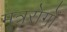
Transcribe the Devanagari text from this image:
मूत्ररोगों